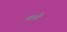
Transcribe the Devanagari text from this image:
सप्तैते